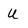
Character: u